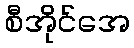
စီအိုင်အေ